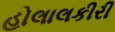
હોલાલકીરી